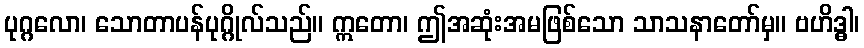
ပုဂ္ဂလော၊ သောတာပန်ပုဂ္ဂိုလ်သည်။ ဣတော၊ ဤအဆုံးအမဖြစ်သော သာသနာတော်မှ။ ဗဟိဒ္ဓါ၊